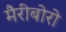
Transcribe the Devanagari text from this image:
मैरीबोरो